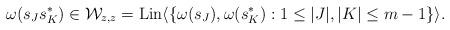
LaTeX: \begin{align*}\omega(s_Js_{K}^*)\in {\cal W}_{z,z}={\rm Lin}\langle\{\omega(s_{J}),\omega(s_K^*):1\leq |J|,|K|\leq m-1\}\rangle.\end{align*}